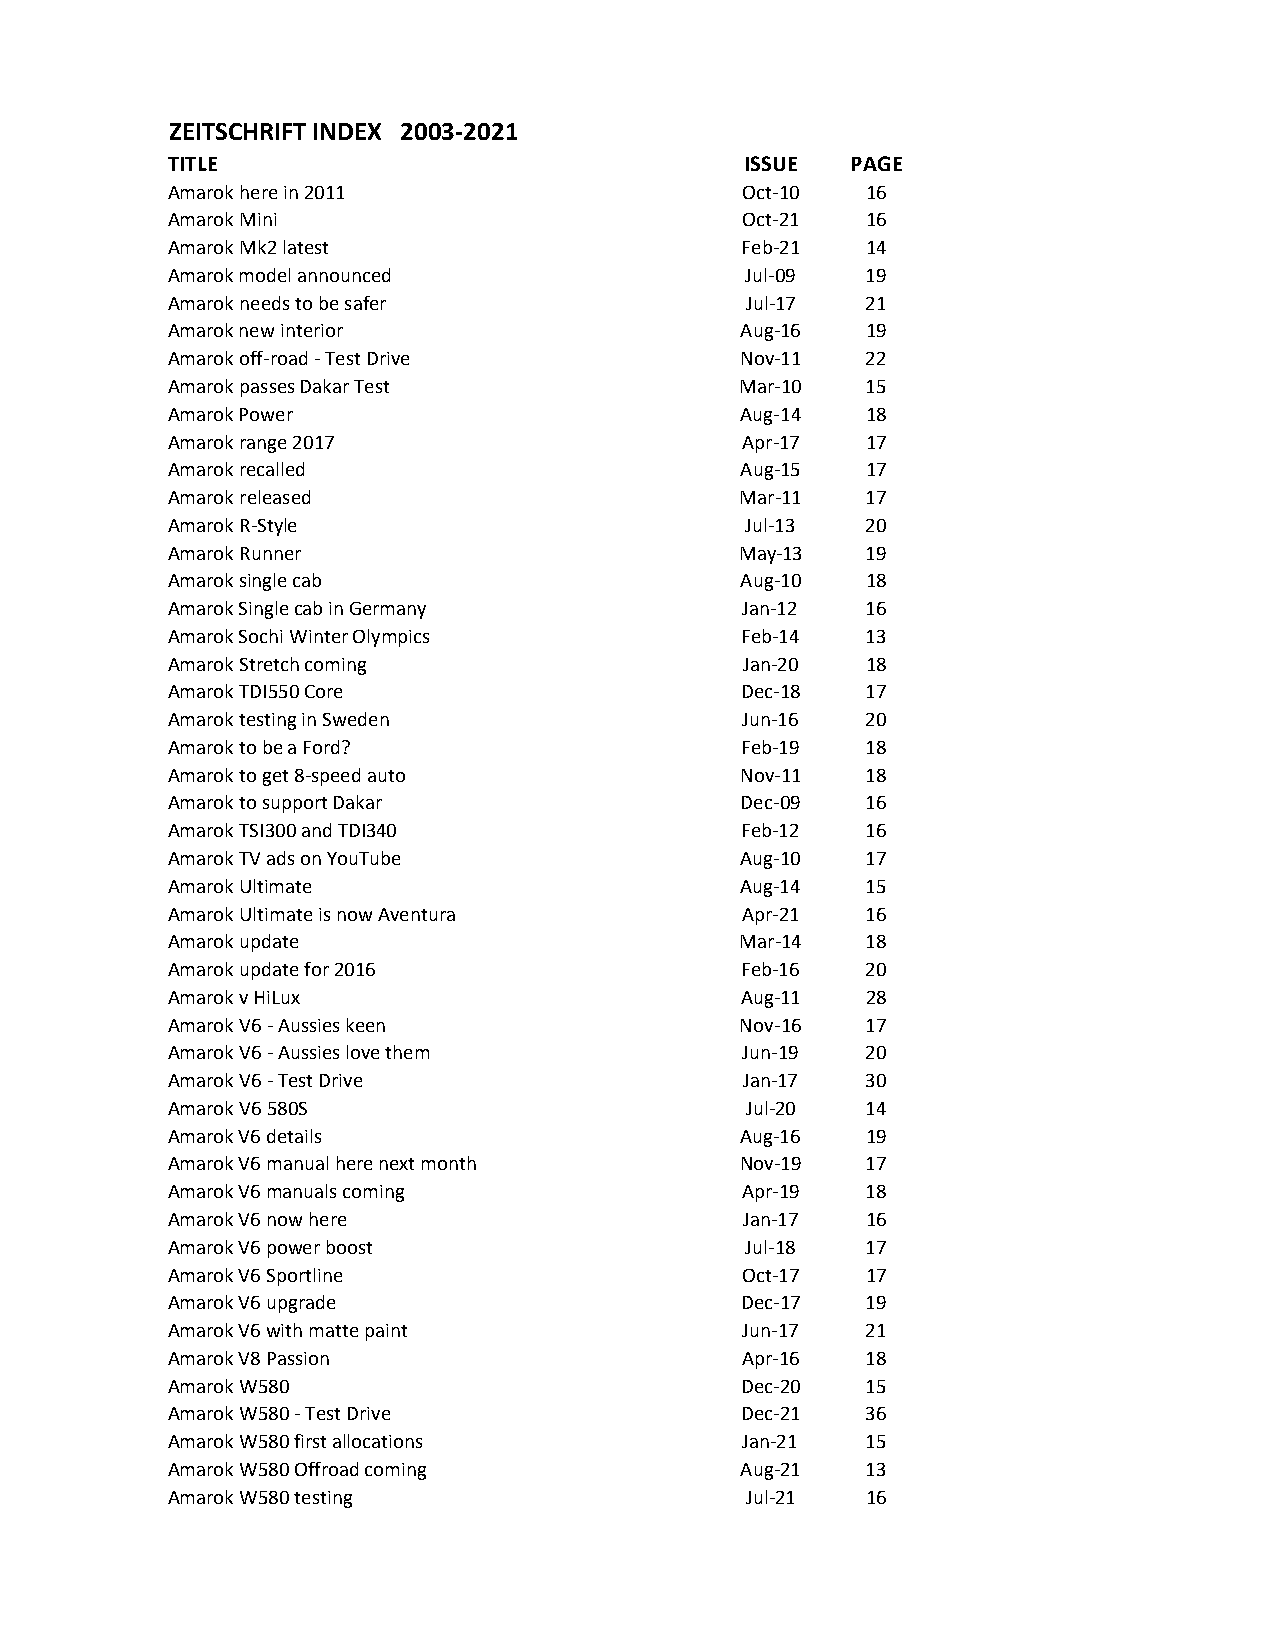
ZEITSCHRIFT INDEX 2003-2021
 TITLE                                 ISSUE  PAGE
 Amarok here in 2011                   Oct-10  16
 Amarok Mini                           Oct-21  16
 Amarok Mk2 latest                     Feb-21  14
 Amarok model announced                Jul-09  19
 Amarok needs to be safer              Jul-17  21
 Amarok new interior                   Aug-16  19
 Amarok off-road - Test Drive          Nov-11  22
 Amarok passes Dakar Test              Mar-10  15
 Amarok Power                          Aug-14  18
 Amarok range 2017                     Apr-17  17
 Amarok recalled                       Aug-15  17
 Amarok released                       Mar-11  17
 Amarok R-Style                        Jul-13  20
 Amarok Runner                         May-13  19
 Amarok single cab                     Aug-10  18
 Amarok Single cab in Germany          Jan-12  16
 Amarok Sochi Winter Olympics          Feb-14  13
 Amarok Stretch coming                 Jan-20  18
 Amarok TDI550 Core                    Dec-18  17
 Amarok testing in Sweden              Jun-16  20
 Amarok to be a Ford?                  Feb-19  18
 Amarok to get 8-speed auto            Nov-11  18
 Amarok to support Dakar               Dec-09  16
 Amarok TSI300 and TDI340              Feb-12  16
 Amarok TV ads on YouTube              Aug-10  17
 Amarok Ultimate                       Aug-14  15
 Amarok Ultimate is now Aventura       Apr-21  16
 Amarok update                         Mar-14  18
 Amarok update for 2016                Feb-16  20
 Amarok v HiLux                        Aug-11  28
 Amarok V6 - Aussies keen              Nov-16  17
 Amarok V6 - Aussies love them         Jun-19  20
 Amarok V6 - Test Drive                Jan-17  30
 Amarok V6 580S                        Jul-20  14
 Amarok V6 details                     Aug-16  19
 Amarok V6 manual here next month      Nov-19  17
 Amarok V6 manuals coming              Apr-19  18
 Amarok V6 now here                    Jan-17  16
 Amarok V6 power boost                 Jul-18  17
 Amarok V6 Sportline                   Oct-17  17
 Amarok V6 upgrade                     Dec-17  19
 Amarok V6 with matte paint            Jun-17  21
 Amarok V8 Passion                     Apr-16  18
 Amarok W580                           Dec-20  15
 Amarok W580 - Test Drive              Dec-21  36
 Amarok W580 first allocations         Jan-21  15
 Amarok W580 Offroad coming            Aug-21  13
 Amarok W580 testing                   Jul-21  16